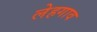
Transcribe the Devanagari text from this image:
लेहगाव